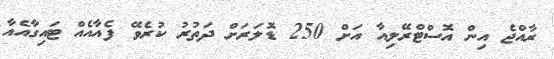
ރާއްޖެ އިން އޮސްޓްރޭލިއާ އަށް 250 ޑޮލަރަށް ދަތުރު ކުރެވޭ ފެއާއެއް ޓައިގާއެއާ